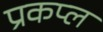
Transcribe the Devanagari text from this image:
प्रकप्ल